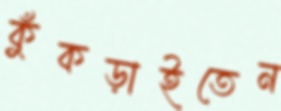
কুঁকড়াইতেন